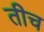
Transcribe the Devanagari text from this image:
तीच